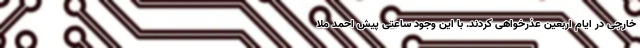
خارجی در ایام اربعین عذرخواهی کردند. با این وجود ساعتی پیش احمد ملا